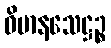
ဝိမာနသေဋ္ဌဉ္စ